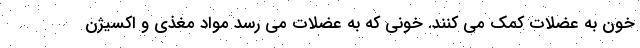
خون به عضلات کمک می کنند. خونی که به عضلات می رسد مواد مغذی و اکسیژن